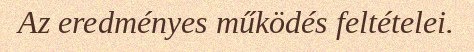
Az eredményes működés feltételei.